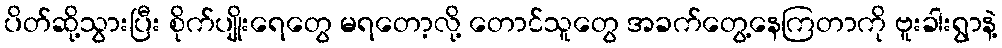
ပိတ်ဆို့သွားပြီး စိုက်ပျိုးရေတွေ မရတော့လို့ တောင်သူတွေ အခက်တွေ့နေကြတာကို ဗူးခါးရွာနဲ့